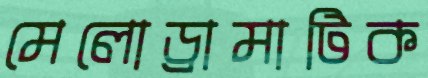
মেলোড্রামাটিক